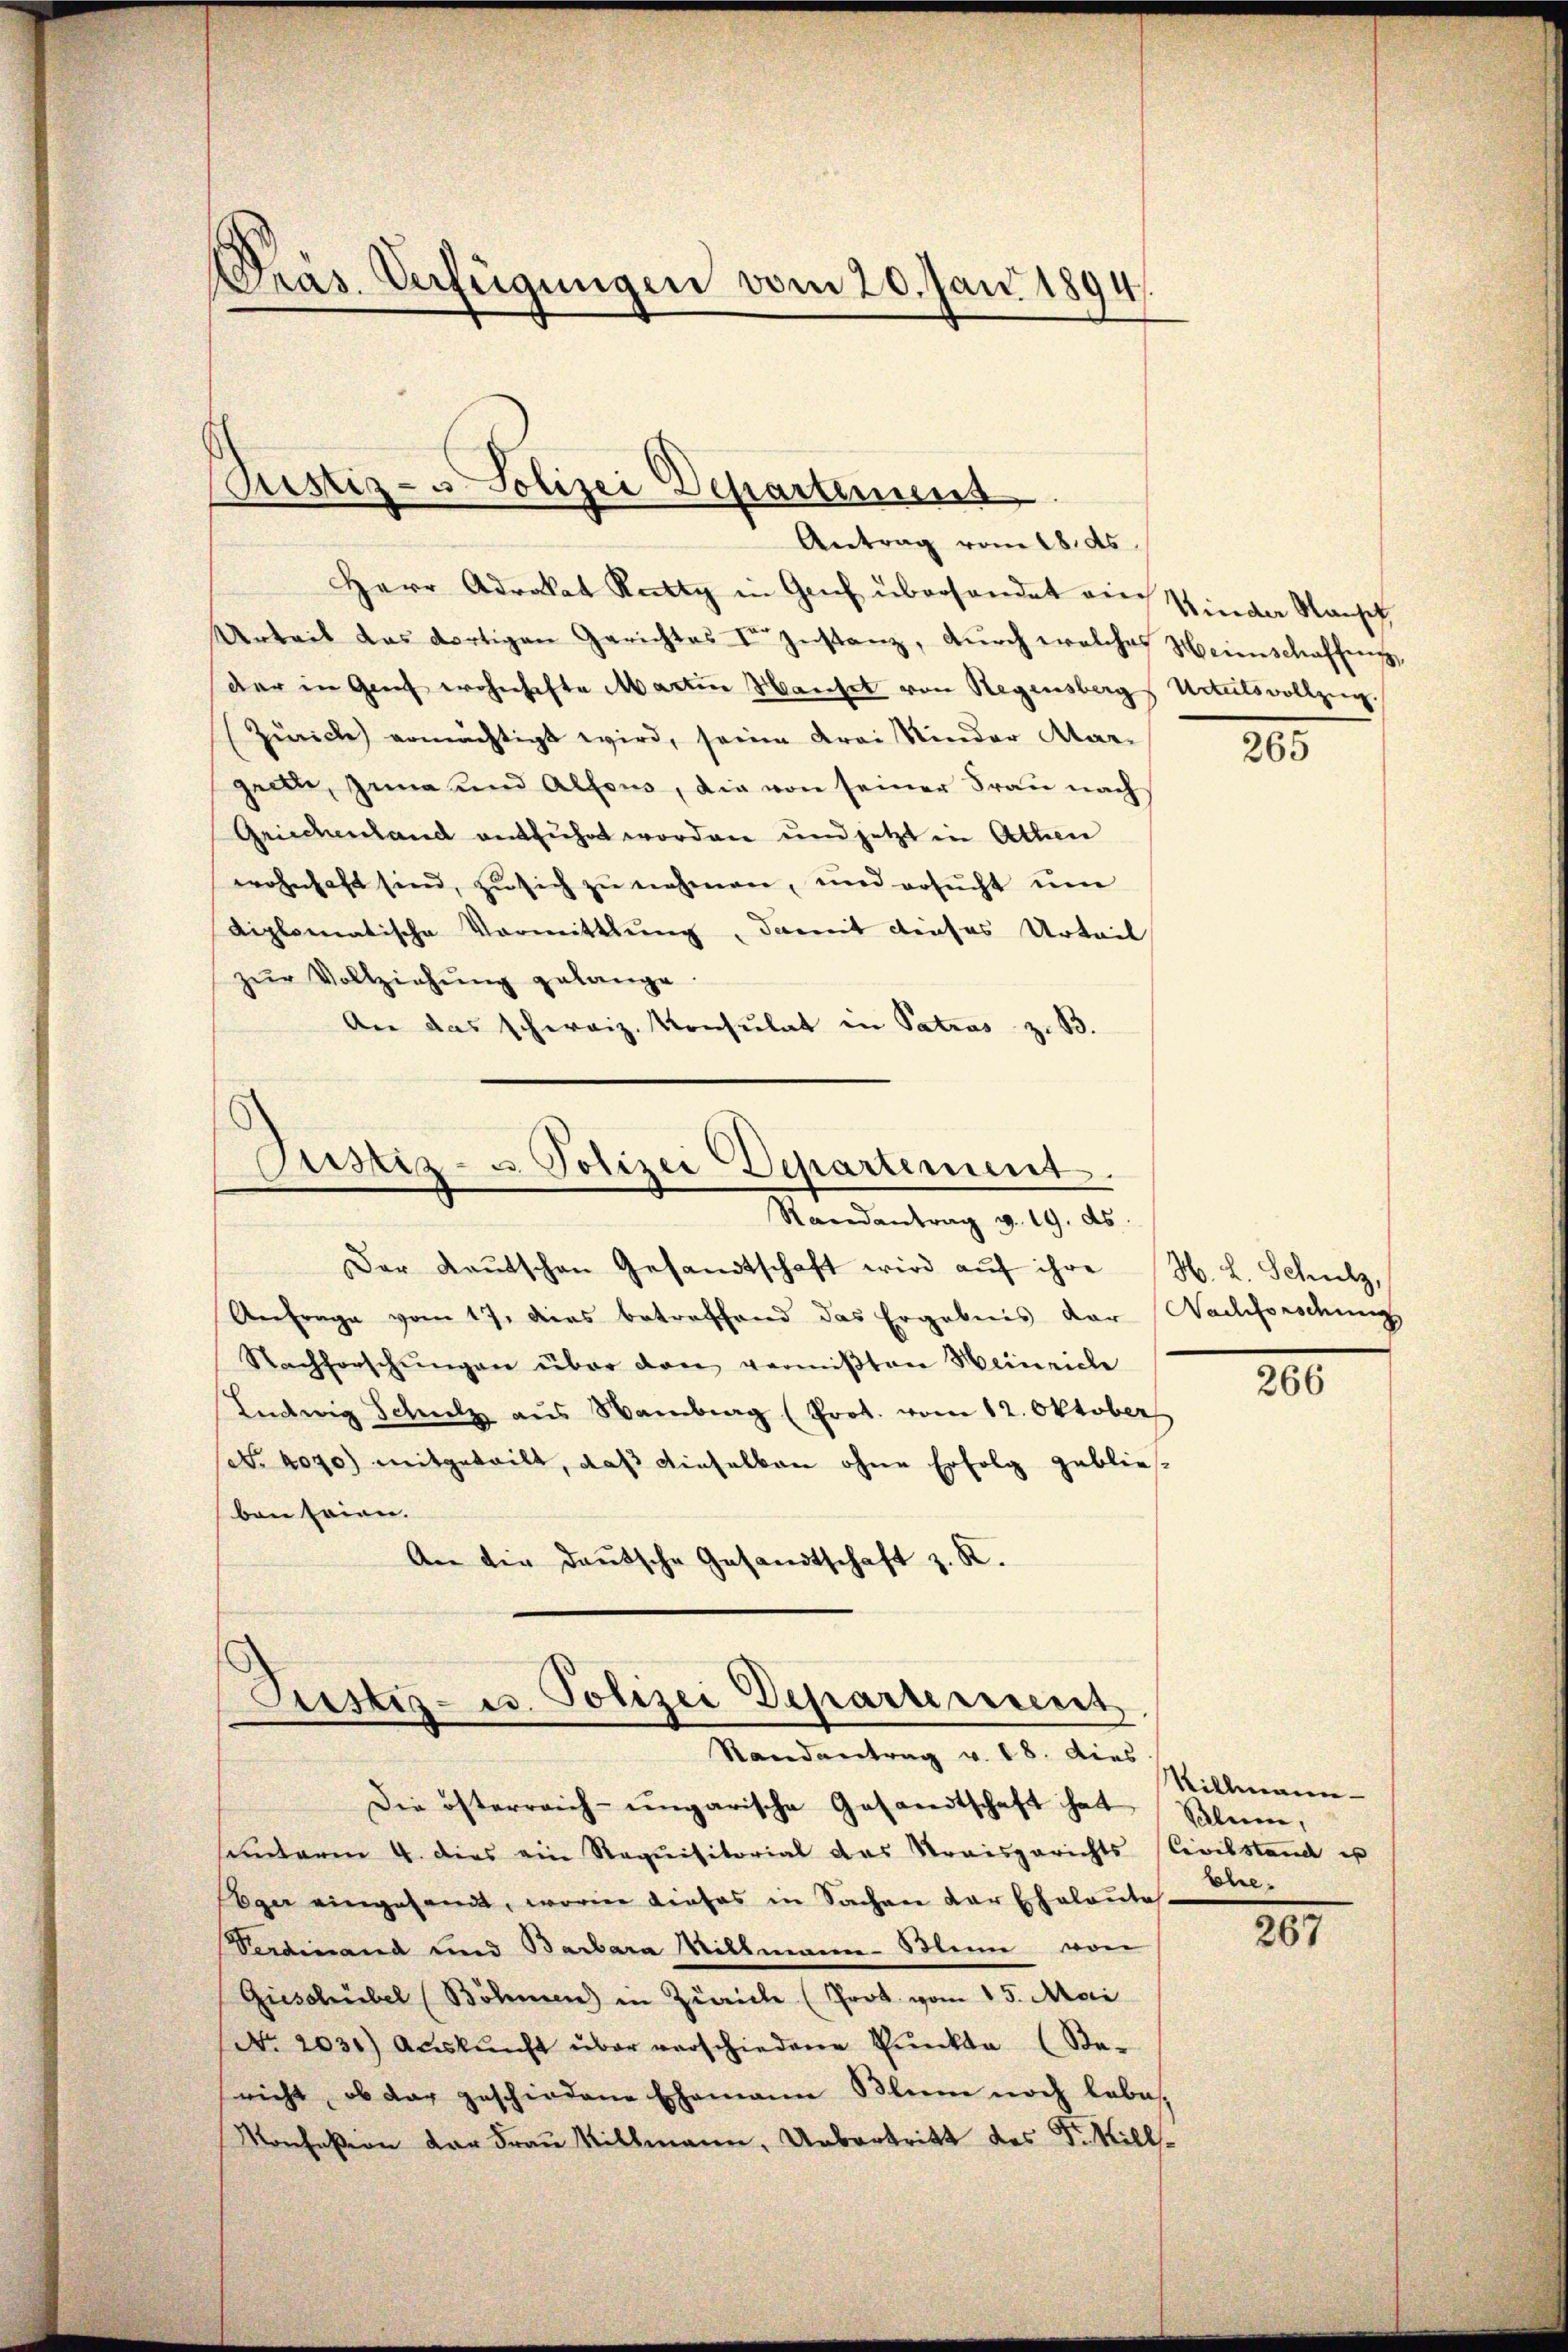
Pras. Verfügungen vom 20. Jan. 1894

Pustiz- u Polizei Departemens
Antrag vom 18. ds.

Herr Adrokat Rutty in Geich überhandet auf Kinder Rausch
Anteil das dortigen Gerichtes I. Instanz, durch welches Heimschaffung,
der in Genf wohnhafte Martin Manchel von Regensbergs Urteilsvollzug.
Zürich) ermächtigt wird, seine drei Kinder Mar-
geelte, zuma und Alfons, die von seiner Frau nach
Griechenland entführt worden und jetzt in Athen
wohnhaft sind, zŭ sich zŭ nehmen, und ersŭcht ŭm
diplomatische Vormittlung, damit dieses Urteil
zŭr Vollziehŭng gelange.
An das schweiz. Konsulat in Patros z. B.

Justiz- u. Polizei Departement.
Randantrag v. 19. ds.

Der Kaŭtschen Gesandtschaft wird aŭf ihre H. L. Schulz,
Anfrage vom 17. Das betreffend das Ergebnis der Nachforschung
Nachforschŭngen über den vermißten Heinriche
Ludwig Schulz aus Bamberg (Prot. vom 12. Oktober
set. 4090) mitgeteilt, daß dieselben ohne Erfolg geblieben seien.
An die deutsche Gesandtschaft z. K.

Justiz- u. Polizei Departement
Randantrag v. 18. dies

Die österreich-ungarische Gesandtschaft hat Klein,
sendarm 4. dies ein Requisitorial das Streisgerichts Civilstand u
Eger eingesandt, worin dieses in Sachen der Eheleute
Verdinand und Barbara Willmann Blum von
Gieschübel (Böhmen) in Zürich (Prot. vom 15. Mai
No. 2031) Aŭskŭnft über verschiedene Pŭnkte (Be-
nicht, ob dar geschiedene Ehemann Blum noch lebes,
Konfeßion der Frau Sillmann, Uebertritt des F. Kill¬

205

200

Sillmann
Ehe¬

287